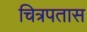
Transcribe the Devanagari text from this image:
चित्रपतास